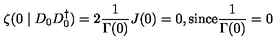
\zeta ( 0 \mid D _ { 0 } D _ { 0 } ^ { \dagger } ) = 2 \frac { 1 } { \Gamma ( 0 ) } J ( 0 ) = 0 , \mathrm { s i n c e } \frac { 1 } { \Gamma ( 0 ) } = 0